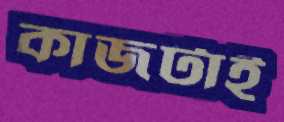
কাজটাই